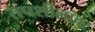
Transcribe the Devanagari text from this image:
तपशीलांवर